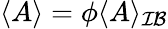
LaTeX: \langle A\rangle=\phi\langle A\rangle_{\mathcal{IB}}